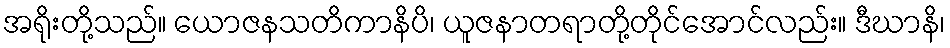
အရိုးတို့သည်။ ယောဇနသတိကာနိပိ၊ ယူဇနာတရာတို့တိုင်အောင်လည်း။ ဒီဃာနိ၊